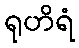
ရုဟိရံ